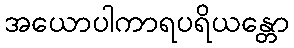
အယောပါကာရပရိယန္တော